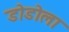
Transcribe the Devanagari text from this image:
डोडोला